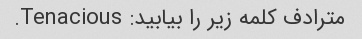
مترادف کلمه زیر را بیابید: Tenacious.